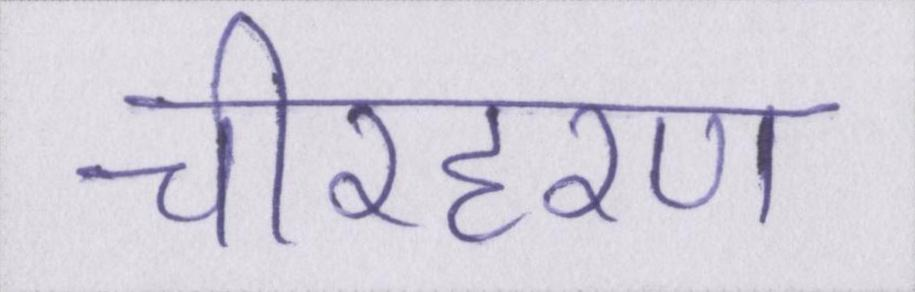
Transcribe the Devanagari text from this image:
चीरहरण